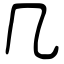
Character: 几